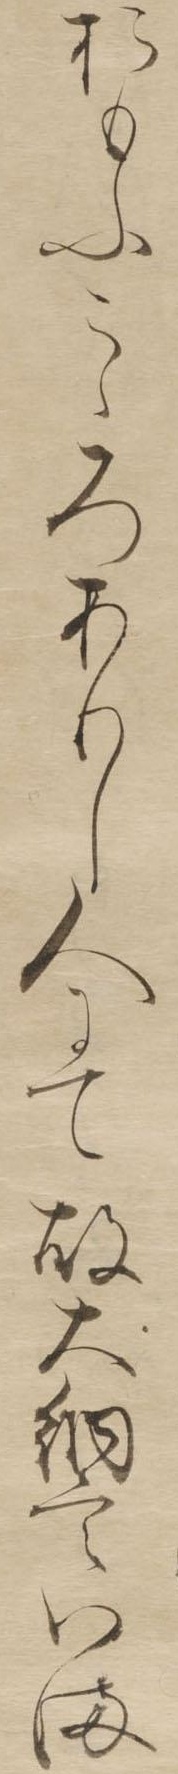
おもふこゝろありし人にて故大納言いま